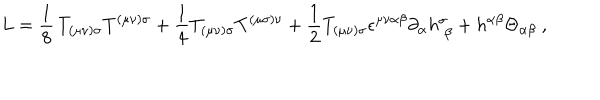
L = \frac { 1 } { 8 } \, T _ { ( \mu \nu ) \sigma } T ^ { ( \mu \nu ) \sigma } + \frac { 1 } { 4 } T _ { ( \mu \nu ) \sigma } T ^ { ( \mu \sigma ) \nu } + \frac { 1 } { 2 } T _ { ( \mu \nu ) \sigma } \epsilon ^ { \mu \nu \alpha \beta } \partial _ { \alpha } h _ { \; \beta } ^ { \sigma } + h ^ { \alpha \beta } \Theta _ { \alpha \beta } \ ,